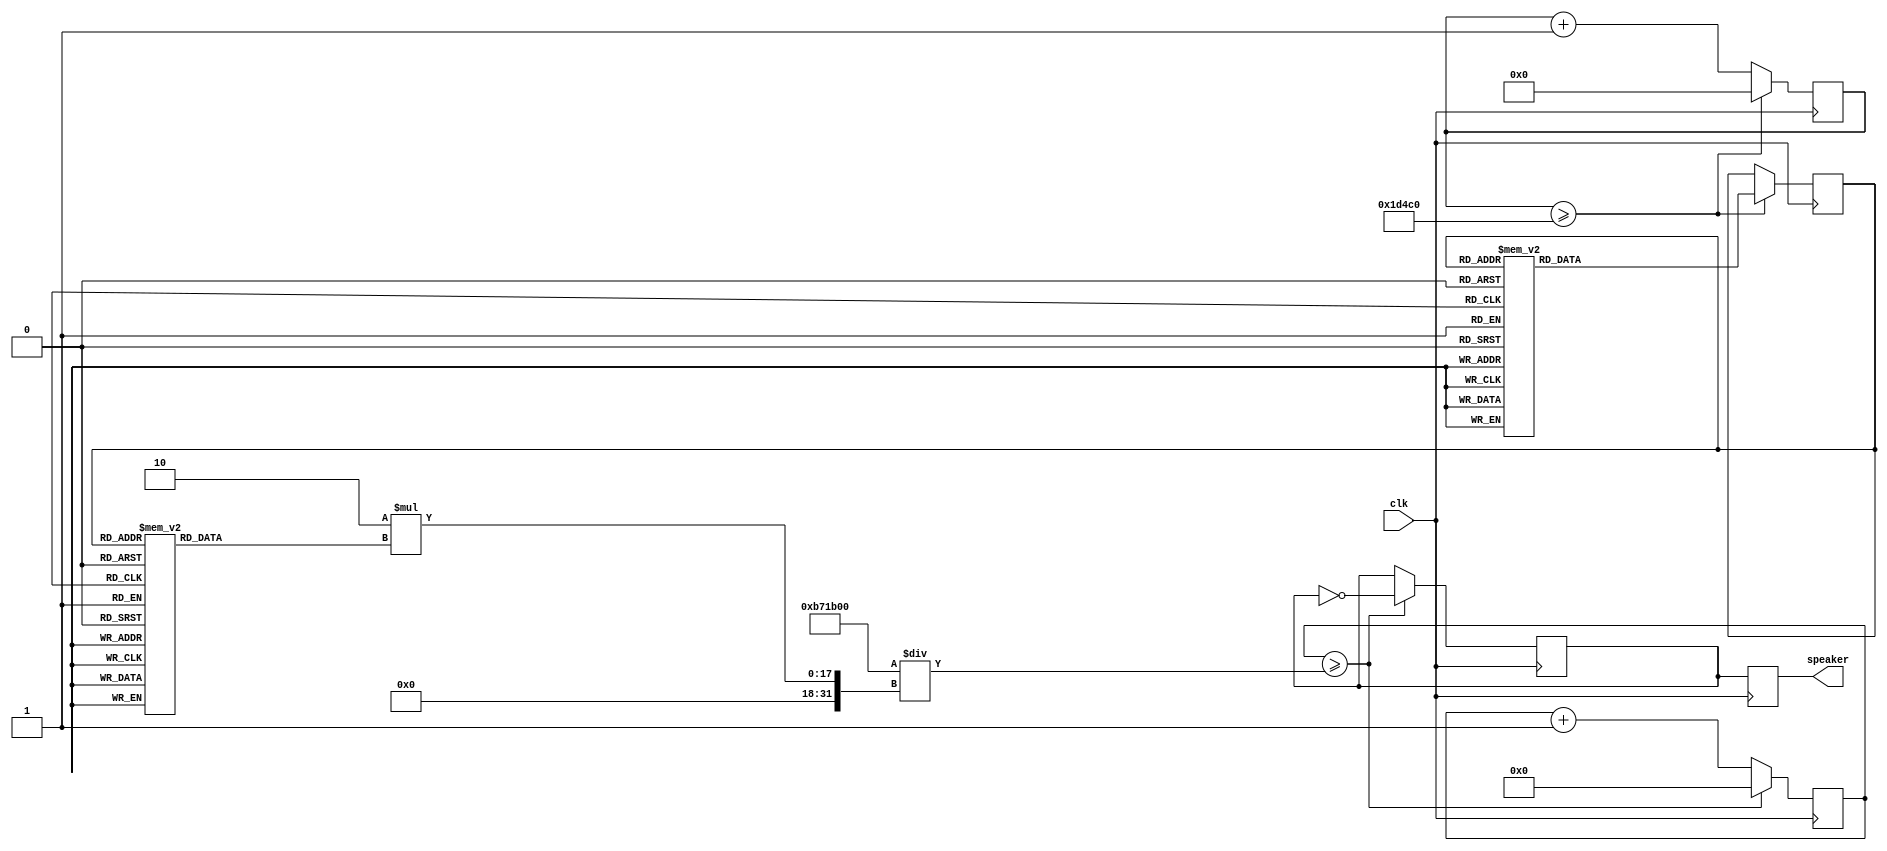
module musical_box (
    input wire clk,          // Clock de 12 MHz
    output reg speaker       // Salida al parlante
);

// Declaracin de frecuencias para cada nota
parameter C_freq  = 262;
parameter D_freq  = 294;
parameter E_freq  = 330;
parameter F_freq  = 349;
parameter G_freq  = 392;
parameter A_freq  = 440;
parameter B_freq  = 494;
parameter A_sharp_freq = 466;
parameter C_high_freq = 523;

// Duracin de las notas (en ciclos de clk)
parameter NOTE_DURATION = 120000;

// Estados para la FSM
localparam [4:0] S_C1 = 5'b00000, S_C2 = 5'b00010, S_D1 = 5'b00100, S_C3 = 5'b00110, S_F1 = 5'b01000, S_E1 = 5'b01010,
          S_C4 = 5'b01100, S_C5 = 5'b01110, S_D2 = 5'b10000, S_C6 = 5'b10010, S_G1 = 5'b10100, S_F2 = 5'b10110,
          S_C7 = 5'b11000, S_C8 = 5'b11010, S_C9 = 5'b11100, S_A1 = 5'b11110, S_F3 = 5'b10000, S_E2 = 5'b10001, S_D3 = 5'b10010,
          S_A_SHARP1 = 5'b10011, S_A_SHARP2 = 5'b10100, S_A_SHARP3 = 5'b10101, S_F4 = 5'b10110, S_G2 = 5'b10111, S_F5 = 5'b11000;

reg [4:0] state, next_state;

// Contador de tiempo
reg [16:0] time_counter; //con [15:0] no anda

// Contador de frecuencia
reg [15:0] freq_counter;
reg freq_toggle; //funciona similar a una palanca 

// Asignacin de frecuencia segn el estado
reg [15:0] freq_divider;
always @(*) begin
    case (state)
        S_C1, S_C2, S_C3, S_C4, S_C5, S_C6, S_C7, S_C8:
            freq_divider = C_freq;
        S_C9:
            freq_divider = C_high_freq;
        S_D1, S_D2, S_D3:
            freq_divider = D_freq;
        S_E1, S_E2:
            freq_divider = E_freq;
        S_F1, S_F2, S_F3, S_F4, S_F5:
            freq_divider = F_freq;
        S_G1, S_G2:
            freq_divider = G_freq;
        S_A1:
            freq_divider = A_freq;
        S_A_SHARP1, S_A_SHARP2, S_A_SHARP3:
            freq_divider = A_sharp_freq;
        default:
            freq_divider = C_freq;  // Valor por defecto
    endcase
end

// Generacin de la seal cuadrada
always @(posedge clk) begin
    if (freq_counter >= (12000000 / (2 * freq_divider))) begin
        freq_counter <= 0;
        freq_toggle <= ~freq_toggle;
    end else begin
        freq_counter <= freq_counter + 1;
    end
    speaker <= freq_toggle;
end

// Control para que la nota no se pase de duracion 
// y FSM
always @(posedge clk) begin
    if (time_counter >= NOTE_DURATION) begin
        time_counter <= 0;
        state <= next_state;
    end else begin
        time_counter <= time_counter + 1;
    end
end

// Transicin de estados
always @(*) begin
    case (state)
        S_C1: next_state = S_C2;
        S_C2: next_state = S_D1;
        S_D1: next_state = S_C3;
        S_C3: next_state = S_F1;
        S_F1: next_state = S_E1;
        S_E1: next_state = S_C4;
        S_C4: next_state = S_C5;
        S_C5: next_state = S_D2;
        S_D2: next_state = S_C6;
        S_C6: next_state = S_G1;
        S_G1: next_state = S_F2;
        S_F2: next_state = S_C7;
        S_C7: next_state = S_C8;
        S_C8: next_state = S_C9;
        S_C9: next_state = S_A1;
        S_A1: next_state = S_F3;
        S_F3: next_state = S_E2;
        S_E2: next_state = S_D3;
        S_D3: next_state = S_A_SHARP1;
        S_A_SHARP1: next_state = S_A_SHARP2;
        S_A_SHARP2: next_state = S_A_SHARP3;
        S_A_SHARP3: next_state = S_F4;
        S_F4: next_state = S_G2;
        S_G2: next_state = S_F5;
        S_F5: next_state = S_C1;  // Vuelve al inicio
        default: next_state = S_C1;
    endcase
end

// Inicializacin de estados
// para asegurar que todo inicie correctamente
// principalmente FSM
initial begin
    state = S_C1;
    next_state = S_C2;
    time_counter = 0;
    freq_counter = 0;
    freq_toggle = 0;
end

endmodule